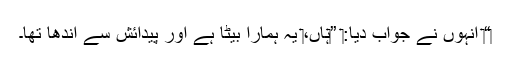
‏“‏ اُنہوں نے جواب دیا:‏ ”‏ہاں،‏ یہ ہمارا بیٹا ہے اور پیدائش سے اندھا تھا۔